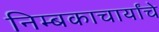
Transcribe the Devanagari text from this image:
निम्बकाचार्यांचे